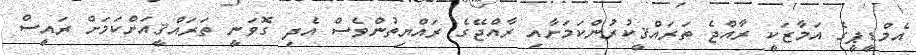
އެމްޑީޕީގެ އަމާޒަކީ ރާއްޖެ ތަރައްޤީކުރުންކަމަށާއި ރާއްޖޭގެ ރައްޔިތުންވެސް އެދި ގޮވަނީ ތަރައްޤީއަށްކަމަށް ރައީސް